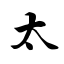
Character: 太